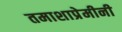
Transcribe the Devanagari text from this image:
तमाशाप्रेमीनी